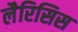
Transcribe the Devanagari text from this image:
लैरिसिस